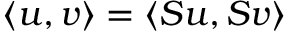
\langle u , v \rangle = \langle S u , S v \rangle